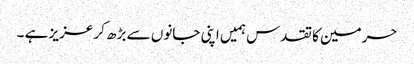
حرمین کا تقدس ہمیں اپنی جانوں سے بڑھ کر عزیز ہے ۔